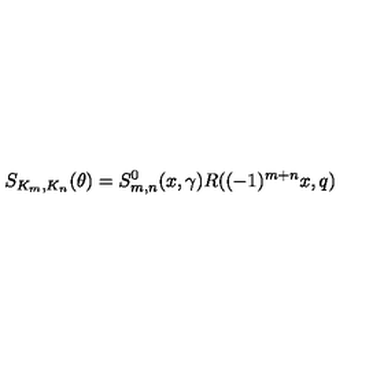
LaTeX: S _ { K _ { m } , K _ { n } } ( \theta ) = S _ { m , n } ^ { 0 } ( x , \gamma ) R ( ( - 1 ) ^ { m + n } x , q ) \,